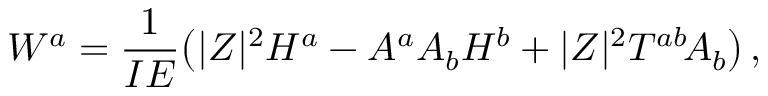
W ^ { a } = \frac { 1 } { I E } \big ( | Z | ^ { 2 } H ^ { a } - A ^ { a } A _ { b } H ^ { b } + | Z | ^ { 2 } T ^ { a b } \! A _ { b } \big ) \, ,